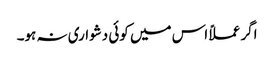
اگر عملاً اس میں کوئی دشواری نہ ہو۔